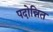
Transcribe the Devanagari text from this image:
पदोन्नित